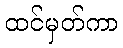
ထင်မှတ်ကာ